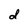
Character: d